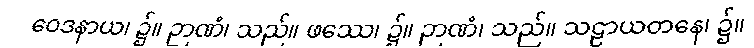
ဝေဒနာယ၊ ၌။ ဉာဏံ၊ သည်။ ဖဿေ၊ ၌။ ဉာဏံ၊ သည်။ သဠာယတနေ၊ ၌။